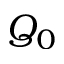
Q _ { 0 }